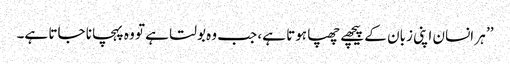
’’ ہر انسان اپنی زبان کے پیچھے چھپا ہوتا ہے، جب وہ بولتا ہے تو وہ پہچانا جاتا ہے۔